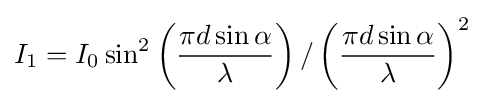
I_{1}=I_{0}\sin ^{2}\left({\frac {\pi d\sin \alpha }{\lambda }}\right)/\left({\frac {\pi d\sin \alpha }{\lambda }}\right)^{2}\